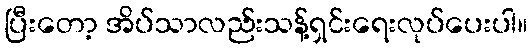
ပြီးတော့ အိပ်သာလည်းသန့်ရှင်းရေးလုပ်ပေးပါ။